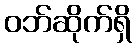
ဝဘ်ဆိုက်ရှိ